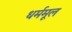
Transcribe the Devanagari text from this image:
धर्ममूल